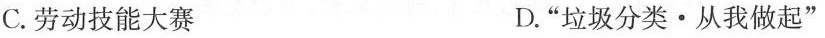
C.劳动技能大赛 D，”垃圾分类·从我做起”